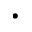
\cdot